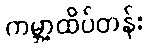
ကမ္ဘာ့ထိပ်တန်း